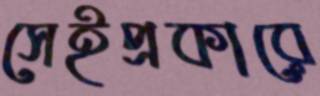
সেইপ্রকারে